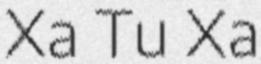
Xa Tu Xa